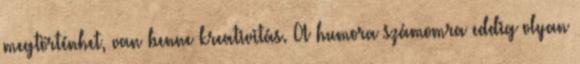
megtörténhet, van benne kreativitás. A humora számomra eddig olyan